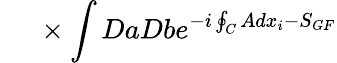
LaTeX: {}~~~~~\times\int DaDbe^{-i\oint_{C}Adx_{i}-S_{GF}}